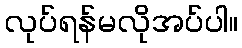
လုပ်ရန်မလိုအပ်ပါ။